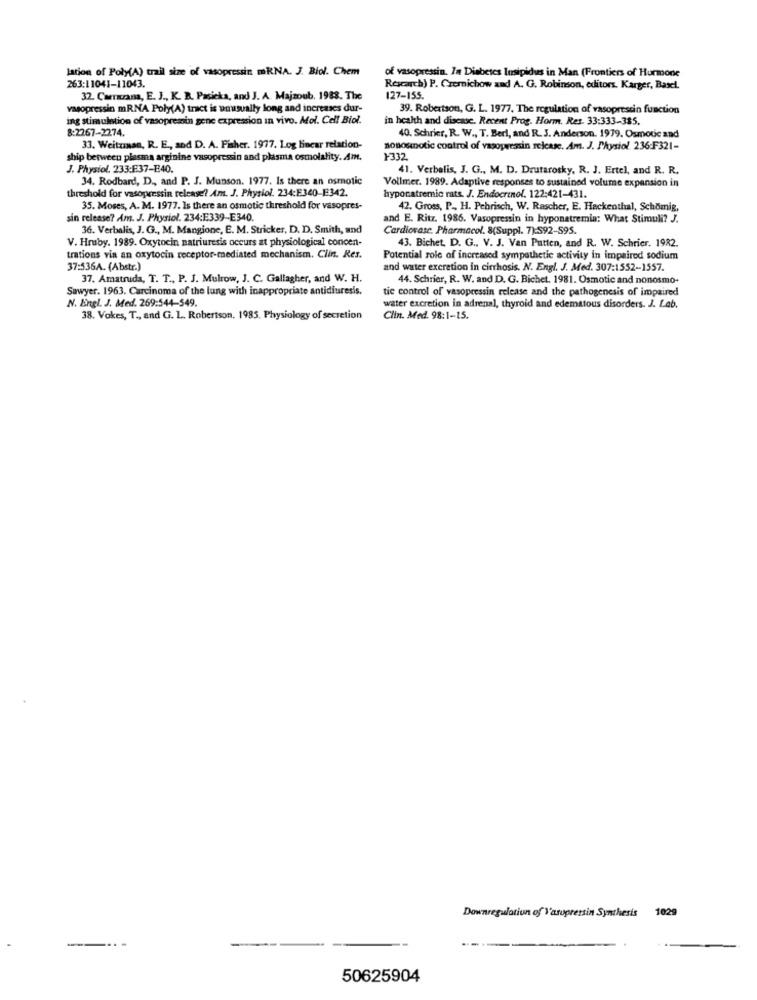
lation of Poly(A) trail size of vasopressin mRNA. J. Biol. Chem
of vasopressin. In Diabetes Insipidus in Man (Frontiers of Hurmone
263:11041-11043.
Research) P. Czemichow and A. G. Robinson, editors. Karger, Basel.
32. Carrarana, E. J ., K. B. Pasicka, and J. A. Majzoub. 1988. The
127-155.
vasopressin mRNA Poly(A) tract is unusually long and increases dur-
39. Robertson, G. L. 1977. The regulation of vasopressin function
ing stimulation of vasopressin gene expression in vivo. Mol. Cell Biol.
in health and disease. Recent Prog. Horm. Res. 33:333-385.
8:2267-2274.
40. Schrier, R. W ., T. Berl, and R. J. Anderson. 1979. Osmotic and
33. Weitzman, R. E ., sod D. A. Fisher. 1977. Log linear relation-
nonosmotic control of vasopressin release. Am. J. Physiol. 236:F321-
ship between plasma arginine vasopressin and plasma osmolality. Am.
1332
J. Physiol. 233:E37-E40.
41. Verbalis, J. G ., M. D. Drutarosky, R. J. Ertel, and R. R.
34. Rodbard, D ., and P. J. Munson. 1977. Is there an osmotic
Vollmer. 1989. Adaptive responses to sustained volume expansion in
threshold for vasopressin release? Am. J. Physiol. 234:E340-E342.
hyponatremic rats. J. Endocrinol. 122:421-431.
35. Moses, A. M. 1977. Is there an osmotic threshold for vasopres-
42. Gross, P ., H. Pehrisch, W. Rascher, E. Hackenthal, Schömig,
sin release? Am. J. Physiol. 234:E339-E340.
and E. Ritz. 1986. Vasopressin in hyponatremia: What Stimuli? J.
36. Verbalis, J. G ., M. Mangione, E. M. Stricker, D. D. Smith, and
Cardiovasc. Pharmacol. 8(Suppl. 7):592-595.
V. Hruby. 1989. Oxytocin natriuresis occurs at physiological concen-
43. Bichet, D. G ., V. J. Van Putten, and R. W. Schrier. 1982.
trations via an oxytocin receptor-mediated mechanism. Clin. Res.
Potential role of increased sympathetic activity in impaired sodium
37:536A. (Abstr.)
and water excretion in cirrhosis. N. Engl. J. Med. 307:1552-1557.
37. Amatruda, T. T ., P. J. Mulrow, J. C. Gallagher, and W. H.
44. Schrier, R. W. and D. G. Bichet. 1981. Osmotic and nonosmo-
Sawyer. 1963. Carcinoma of the lung with inappropriate antidiuresis.
tie control of vasopressin release and the pathogenesis of impaired
N. Engl. J. Med. 269:544-549.
water excretion in adrenal, thyroid and edematous disorders. J. Lab.
38. Vokes, T ., and G. L. Robertson, 1985. Physiology of secretion
Clin. Med. 98:1-15.
Downregulation of Vasopressin Synthesis
1029
50625904